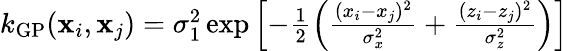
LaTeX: \begin{array}{r}{k_{\mathrm{GP}}({\mathbf x}_{i},{\mathbf x}_{j})=\sigma_{1}^{2}\exp\left[-\frac{1}{2}\left(\frac{(x_{i}-x_{j})^{2}}{\sigma_{x}^{2}}+\frac{(z_{i}-z_{j})^{2}}{\sigma_{z}^{2}}\right)\right]}\end{array}